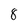
Character: 8